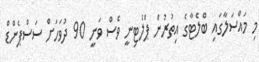
މި މައްސަލާގައި ބްލެޓާގެ އިތުރުން ޕްލެޓިނީ ވެސް ވަނީ 90 ދުވަހަށް ސަސްޕެންޑް